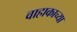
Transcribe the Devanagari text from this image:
वाहाकाच्या